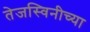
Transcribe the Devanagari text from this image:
तेजस्विनीच्या